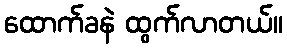
ထောက်ခနဲ ထွက်လာတယ်။